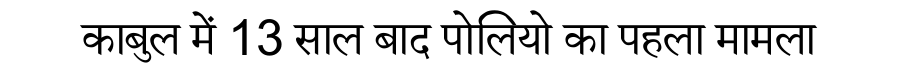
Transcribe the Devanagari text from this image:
काबुल में 13 साल बाद पोलियो का पहला मामला